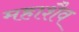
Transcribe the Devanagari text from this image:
महाशैव